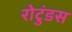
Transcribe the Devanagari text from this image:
रोटुंडस